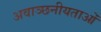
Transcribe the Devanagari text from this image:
अवाञ्छनीयताओं